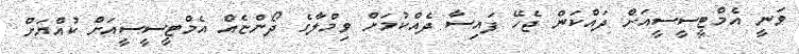
ވަނީ އެމްޓީސީސީއަށް ދައްކަން ޖެހޭ ފައިސާ ދެއްކުމަށް ވިމްލާގެ ދޯންޏެއް އެމްޓީސީސީއަށް ކުއްޔަށް